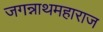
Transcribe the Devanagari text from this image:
जगन्नाथमहाराज